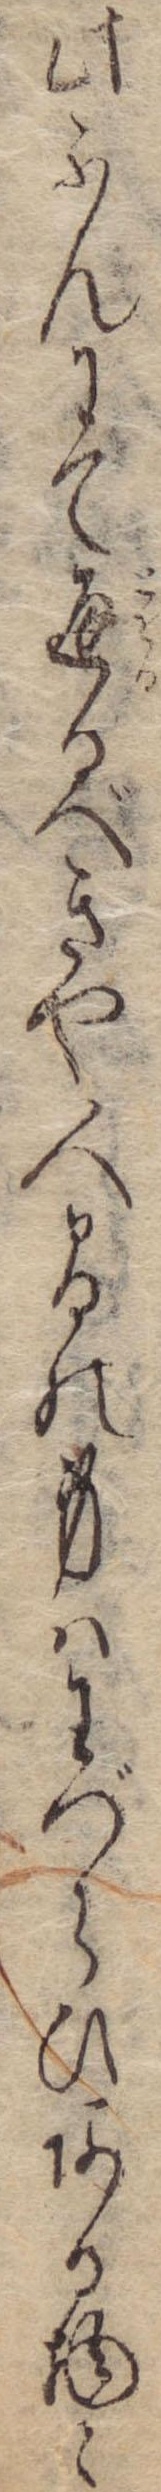
此ふんにて通るべきや人間の身はわづらひある物と